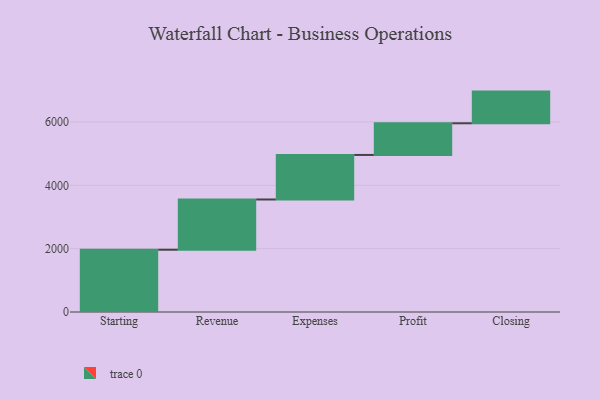
{"axis": {"x": "Step", "y": "Value"}, "legend": [""], "data": [{"x": "Starting", "y": 1966.0, "type": ""}, {"x": "Revenue", "y": 1586.0, "type": ""}, {"x": "Expenses", "y": 1406.0, "type": ""}, {"x": "Profit", "y": 1000, "type": ""}, {"x": "Closing", "y": 1000, "type": ""}]}